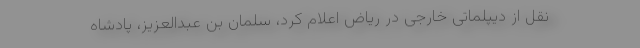
نقل از دیپلماتی خارجی در ریاض اعلام کرد، سلمان بن عبدالعزیز، پادشاه